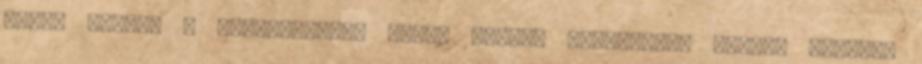
-Hogy állunk a rakodással?- teszi hozzá. -Hamarosan készen vagyunk